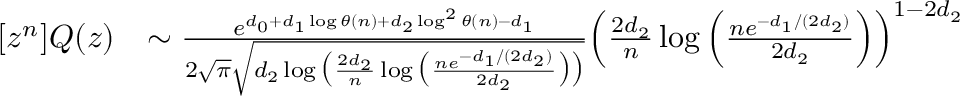
\begin{array} { r l } { [ z ^ { n } ] Q ( z ) } & { \sim \frac { e ^ { d _ { 0 } + d _ { 1 } \log \theta ( n ) + d _ { 2 } \log ^ { 2 } \theta ( n ) - d _ { 1 } } } { 2 \sqrt { \pi } \sqrt { d _ { 2 } \log \big ( \frac { 2 d _ { 2 } } { n } \log \big ( \frac { n e ^ { - d _ { 1 } / ( 2 d _ { 2 } ) } } { 2 d _ { 2 } } \big ) \big ) } } \Big ( \frac { 2 d _ { 2 } } { n } \log \Big ( \frac { n e ^ { - d _ { 1 } / ( 2 d _ { 2 } ) } } { 2 d _ { 2 } } \Big ) \Big ) ^ { 1 - 2 d _ { 2 } } } \end{array}